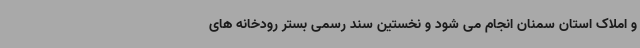
و املاک استان سمنان انجام می شود و نخستین سند رسمی بستر رودخانه های